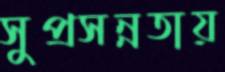
সুপ্রসন্নতায়